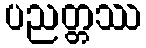
ပညတ္တဿ